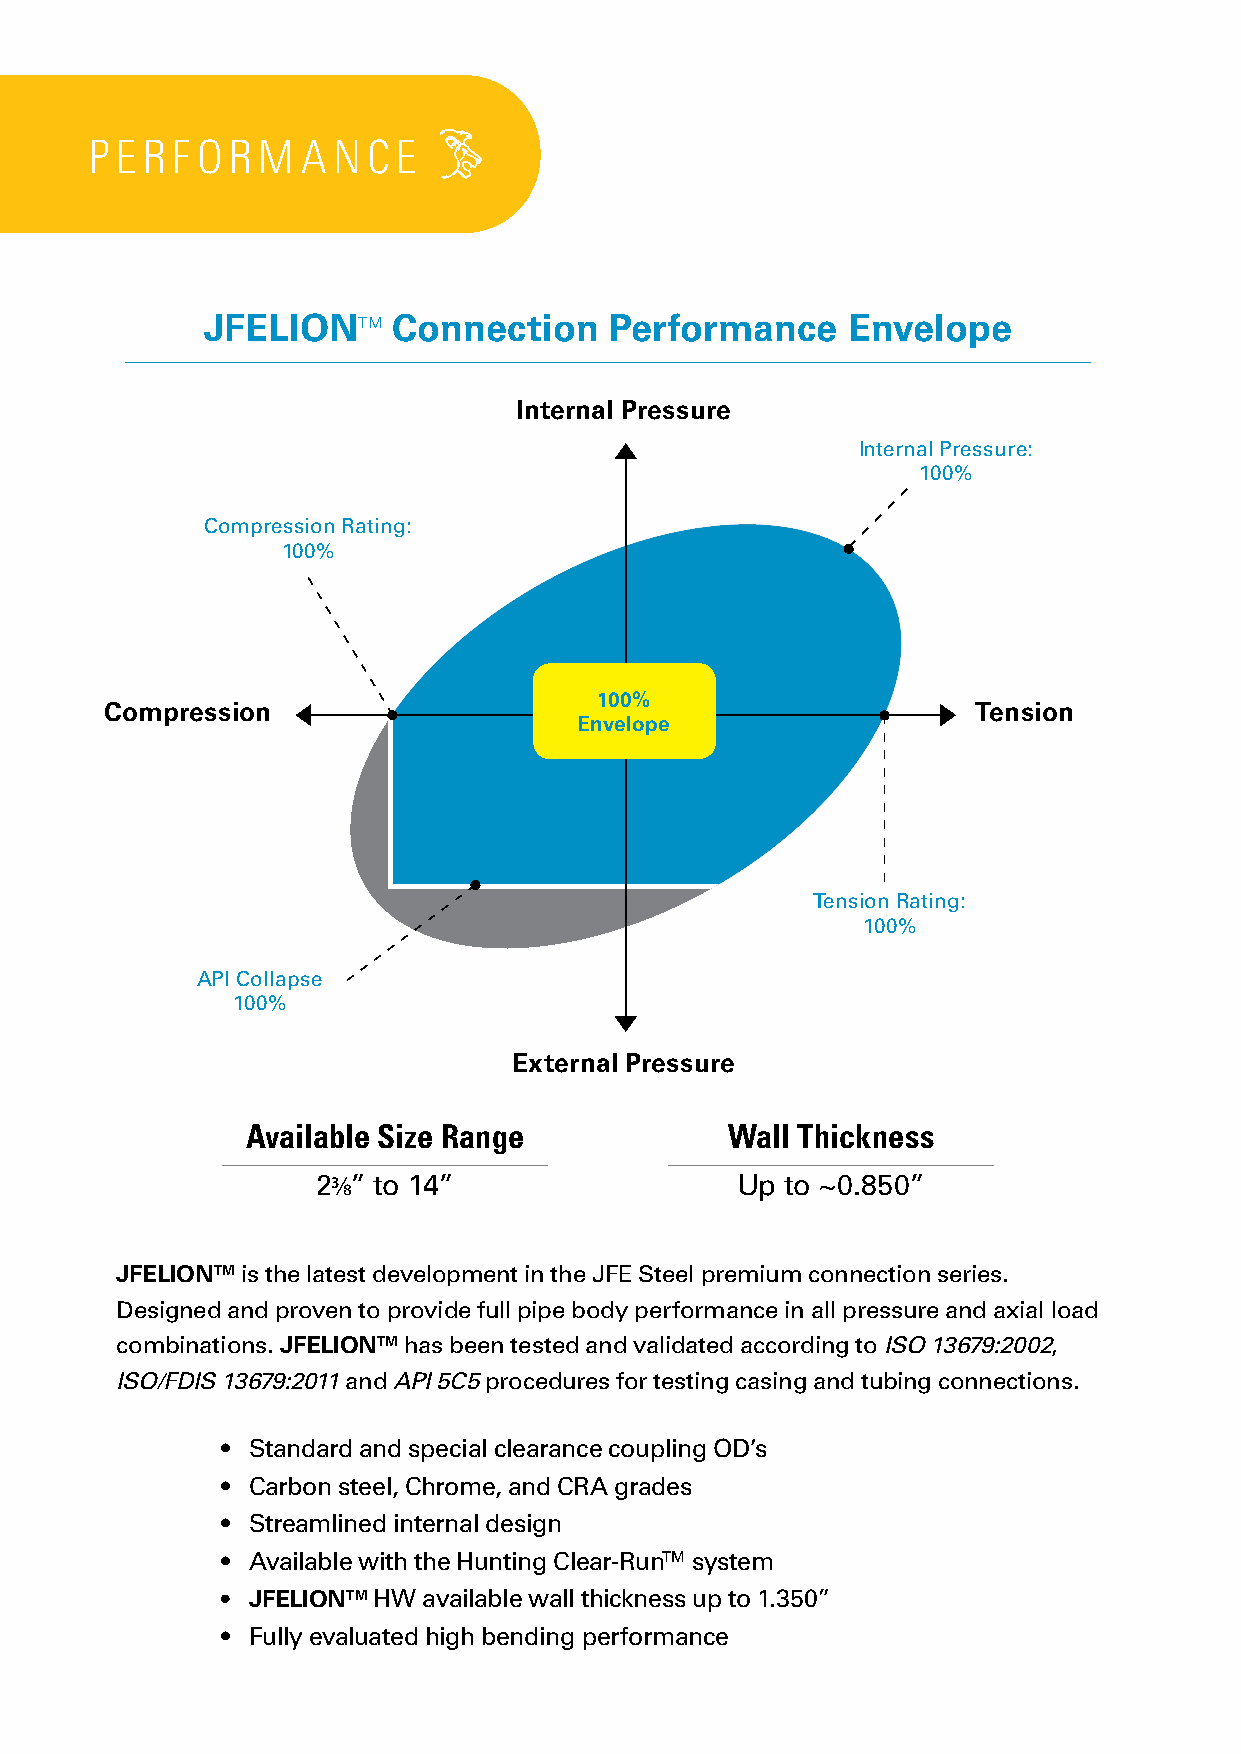
P E R F O R M A NC  E
 JFELIONTM    Connection    Performance     Envelope
 Internal Pressure
 Internal Pressure:
 100%
 Compression Rating:
 100%
 100%
 Compression                                               Tension
 Envelope
 Tension Rating:
 100%
 API Collapse
 100%
 External Pressure
 Available Size Range            Wall Thickness
 23/8” to 14”                Up to ~0.850”
 JFELIONTM is the latest development in the JFE Steel premium connection series.
 Designed and proven to provide full pipe body performance in all pressure and axial load
 combinations. JFELIONTM has been tested and validated according to ISO 13679:2002,
 ISO/FDIS 13679:2011 and API 5C5 procedures for testing casing and tubing connections.
 • Standard and special clearance coupling OD’s
 • Carbon steel, Chrome, and CRA grades
 • Streamlined internal design
 • Available with the Hunting Clear-RunTM system
 • JFELIONTM HW available wall thickness up to 1.350”
 • Fully evaluated high bending performance